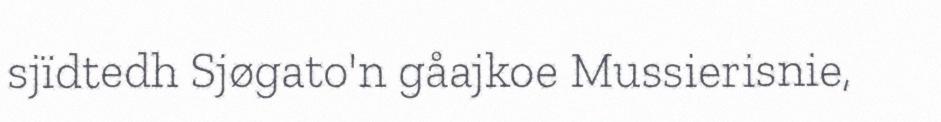
sjïdtedh Sjøgato'n gåajkoe Mussierisnie,